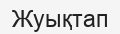
Жуықтап